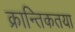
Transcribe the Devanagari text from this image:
क्रान्तिकतया